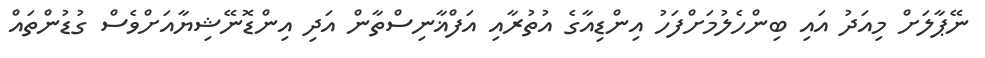
ނޭޕާލަށް މިއަދު އައި ބިންހެލުމަށްފަހު އިންޑިއާގެ އުތުރާއި އަފްޣާނިސްތާން އަދި އިންޑޮނޭޝިޔާއަށްވެސް ގުޑުންތައް